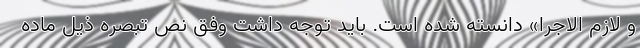
و لازم الاجرا» دانسته شده است. باید توجه داشت وفق نص تبصره ذیل ماده